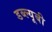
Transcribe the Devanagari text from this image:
डब्ल्यूबी